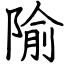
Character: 隃